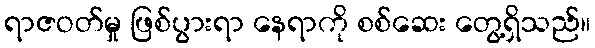
ရာဇဝတ်မှု ဖြစ်ပွားရာ နေရာကို စစ်ဆေး တွေ့ရှိသည်။